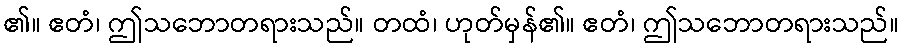
၏။ ဧတံ၊ ဤသဘောတရားသည်။ တထံ၊ ဟုတ်မှန်၏။ ဧတံ၊ ဤသဘောတရားသည်။